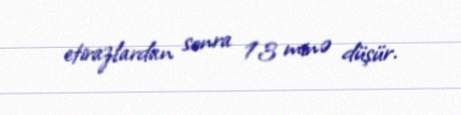
etirazlardan sonra 13 minə düşür.